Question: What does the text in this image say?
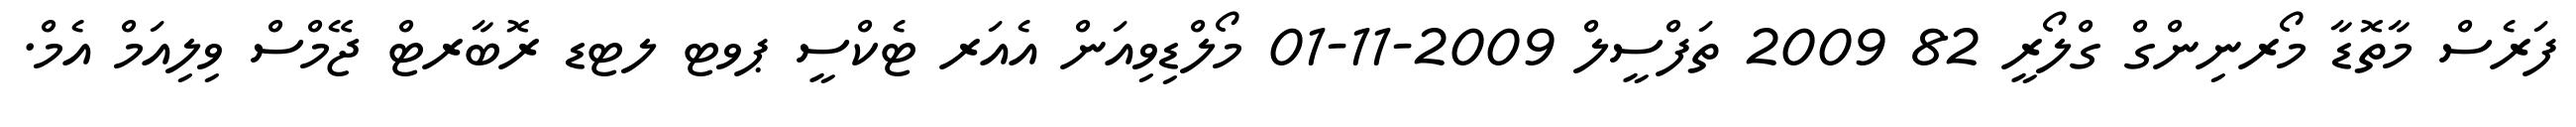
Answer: ފަރެސް މާތޮޑާ މޯރނިންގް ގްލޯރީ 82 2009 ތަފްސީލް 2009-11-01 މޯލްޑިވިއަން އެއަރ ޓެކްސީ ޕވޓ ލޓޑ ރޮބާރޓް ޖޭމްސް ވިލިއަމް އެމް.